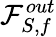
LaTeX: \mathcal{F}_{S,f}^{out}